Annual report of the Punjab Veterinary College and of the Civil Veterinary Department, Punjab - 1926-1932
Year: 1926
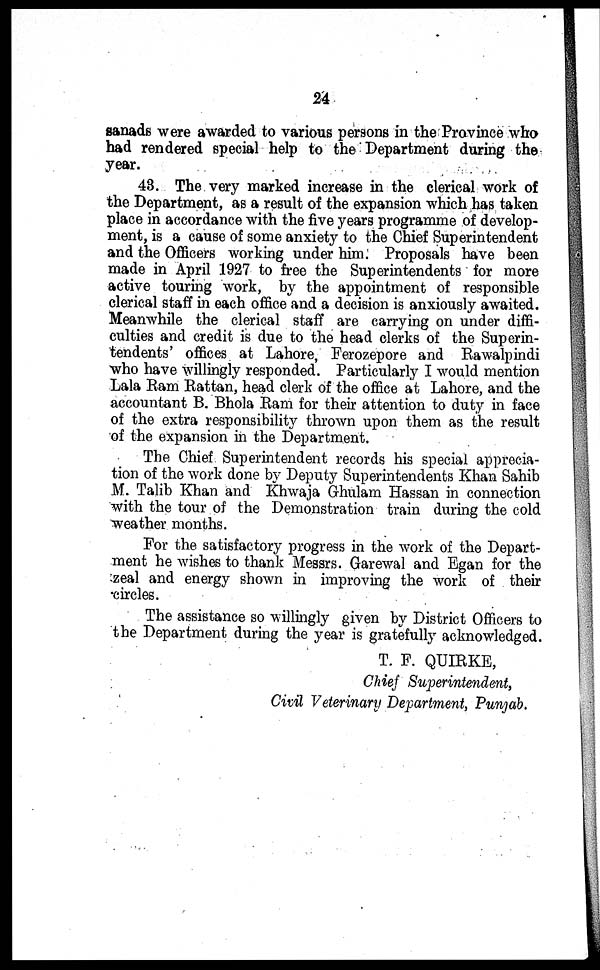
sanads were awarded to various persons in the Province who
had rendered special help to the Department during the
year.
43. The very marked increase in the clerical work of
the Department, as a result of the expansion which has taken
place in accordance with the five years programme of develop-
ment, is a cause of some anxiety to the Chief Superintendent
and the Officers working under him. Proposals have been
made in April 1927 to free the Superintendents for more
active touring work, by the appointment of responsible
clerical staff in each office and a decision is anxiously awaited.
Meanwhile the clerical staff are carrying on under diffi-
culties and credit is due to the head clerks of the Superin-
tendents' offices at Lahore, Ferozepore and Rawalpindi
who have willingly responded. Particularly I would mention
Lala Ram Rattan, head clerk of the office at Lahore, and the
accountant B. Bhola Ram for their attention to duty in face
of the extra responsibility thrown upon them as the result
of the expansion in the Department.
The Chief Superintendent records his special apprecia-
tion of the work done by Deputy Superintendents Khan Sahib
M. Talib Khan and Khwaja Ghulam Hassan in connection
with the tour of the Demonstration train during the cold
weather months.
For the satisfactory progress in the work of the Depart-
ment he wishes to thank Messrs. Garewal and Egan for the
zeal and energy shown in improving the work of their
circles.
The assistance so willingly given by District Officers to
the Department during the year is gratefully acknowledged.
T. F. QUIRKE,
Chief Superintendent,
Civil Veterinary Department, Punjab.